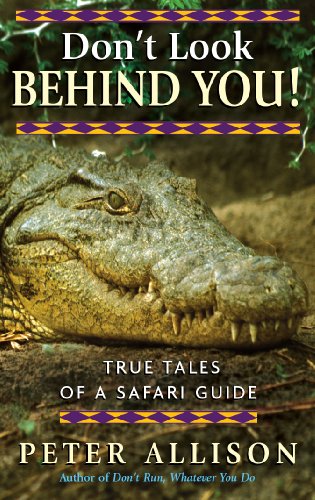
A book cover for Don't Look Behind You!: True Tales of a Safari Guide. Peter Allison; Peter Allison; Travel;